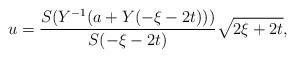
LaTeX: \begin{align*}u=\frac{S(Y^{-1}(a+Y(-\xi-2t)))}{S(-\xi-2t)}\sqrt{2\xi+2t},\end{align*}